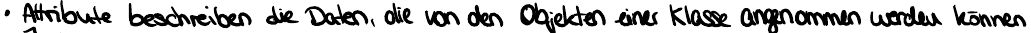
Attribute beschreiben die Daten, die von den Objekten einer Klasse angenommen werden können